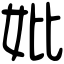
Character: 妣